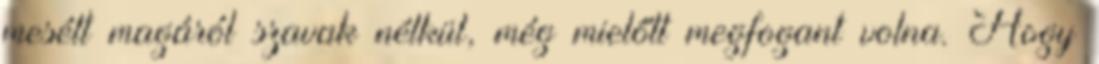
mesélt magáról szavak nélkül, még mielőtt megfogant volna. Hogy